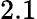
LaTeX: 2.1